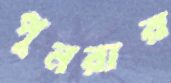
পুনরার